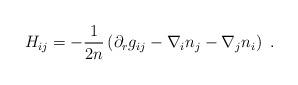
LaTeX: \begin{align*} H_{ij} = -\frac1{2n} \left( \partial_r g_{ij} -\nabla_i n_j -\nabla_j n_i \right)~.\end{align*}